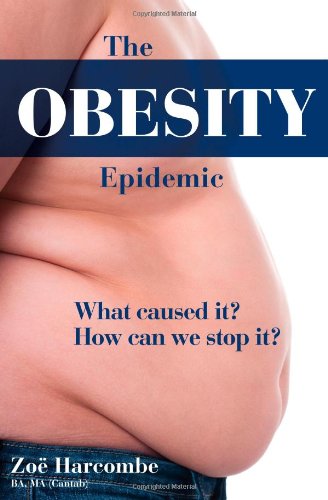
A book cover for The Obesity Epidemic: What Caused It? How Can We Stop It?; Zoe Harcombe; Medical Books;